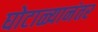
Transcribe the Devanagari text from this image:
घोटाळ्यानंतर